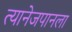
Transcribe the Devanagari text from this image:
त्यानेजपानला